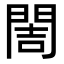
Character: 䦖